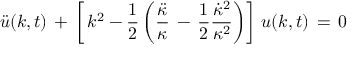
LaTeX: \ddot { u } ( k , t ) \, + \, \left[ \, k ^ { 2 } - { \frac { 1 } { 2 } } \left( { \frac { \ddot { \kappa } } { \kappa } } \, - \, { \frac { 1 } { 2 } } { \frac { \dot { \kappa } ^ { 2 } } { \kappa ^ { 2 } } } \right) \right] \, u ( k , t ) \, = \, 0